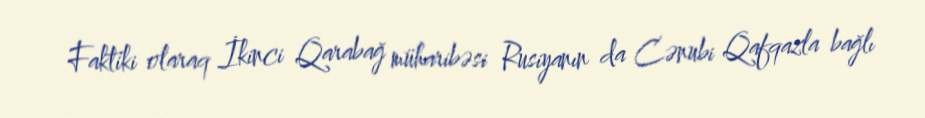
Faktiki olaraq İkinci Qarabağ müharibəsi Rusiyanın da Cənubi Qafqazla bağlı